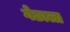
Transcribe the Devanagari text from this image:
गेछाला